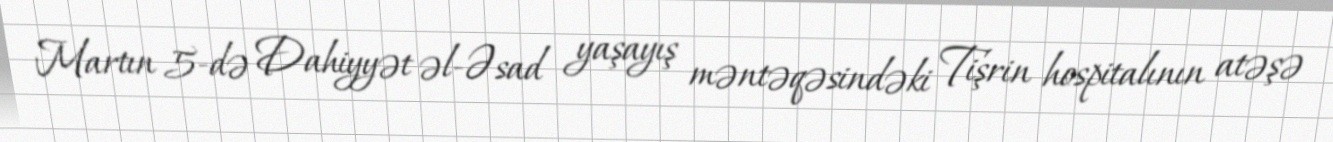
Martın 5-də Dahiyyət əl-Əsad yaşayış məntəqəsindəki Tişrin hospitalının atəşə